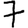
Digit: 7